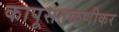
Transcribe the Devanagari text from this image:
कापूसतळणीकर